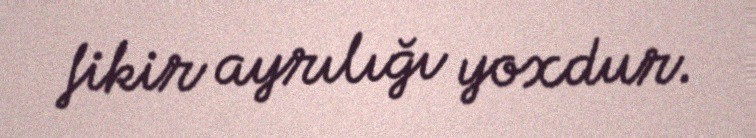
fikir ayrılığı yoxdur.